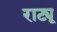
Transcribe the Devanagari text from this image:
राट्यू